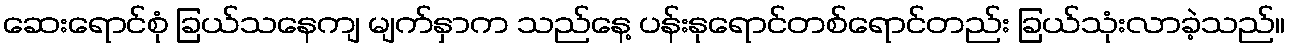
ဆေးရောင်စုံ ခြယ်သနေကျ မျက်နှာက သည်နေ့ ပန်းနုရောင်တစ်ရောင်တည်း ခြယ်သုံးလာခဲ့သည်။